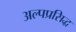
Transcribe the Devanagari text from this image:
अल्पप्रसिद्ध